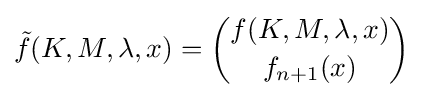
{\tilde {f}}(K,M,\lambda ,x)={\binom {f(K,M,\lambda ,x)}{f_{n+1}(x)}}